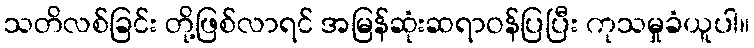
သတိလစ်ခြင်း တို့ဖြစ်လာရင် အမြန်ဆုံးဆရာဝန်ပြပြီး ကုသမှုခံယူပါ။